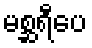
မစ္ဆရီပေ